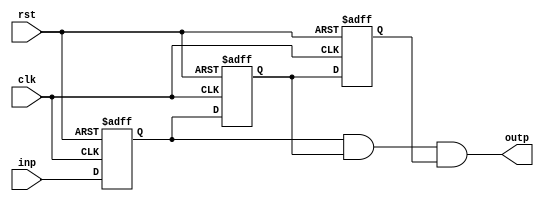
`timescale 1ns / 1ps

module debounce(
    input wire [3:0] inp,
    input wire clk,
    input wire rst,
    output wire [3:0] outp
    );
	 
	 reg [3:0] delay1;
	 reg [3:0] delay2;
	 reg [3:0] delay3;
	 
	 //assign reset=btn_de[0];
	 
	 always @(posedge clk or posedge rst )
	 begin
			if (rst == 1)
				begin 
					delay1 <= 4'b0000;
					delay2 <= 4'b0000;
					delay3 <= 4'b0000;
				end
			else
				begin
					delay1 <= inp;
					delay2 <= delay1;
					delay3 <= delay2;
				end
	 end
		
	 assign outp = delay1 & delay2 & delay3;


endmodule